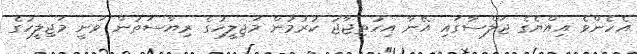
އެހެންވެ އިއްޔެގެ ޖަލްސާގައި އޭނާ އިހުތިޖާޖު ކުރުމުން މަޖިލީހުގެ ރިޔާސަތުން ވަނީ މަޖިލީހުގެ